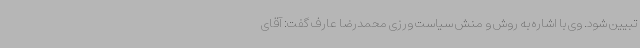
تبیین شود. وی با اشاره به روش و منش سیاست ورزی محمدرضا عارف گفت: آقای